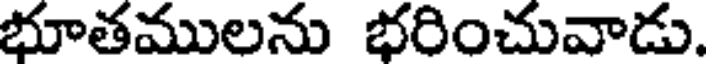
భూతములను భరించువాడు.